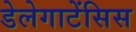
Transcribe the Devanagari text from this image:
डेलेगाटेंसिस